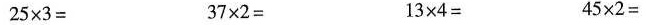
$$25×3=$$$$ 37×2=$$$$ 13×4= $$$$45×2=$$